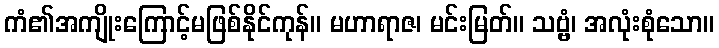
ကံ၏အကျိုးကြောင့်မဖြစ်နိုင်ကုန်။ မဟာရာဇ၊ မင်းမြတ်။ သဗ္ဗံ၊ အလုံးစုံသော။